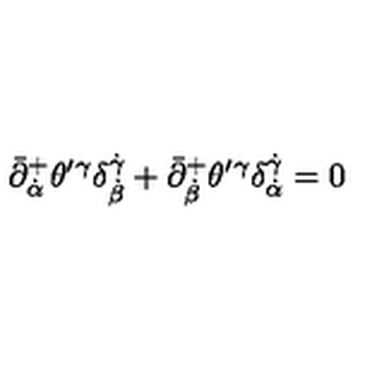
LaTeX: \bar { \partial } _ { \dot { \alpha } } ^ { + } \theta ^ { \prime } { } ^ { \gamma } \delta _ { \dot { \beta } } ^ { \dot { \gamma } } + \bar { \partial } _ { \dot { \beta } } ^ { + } \theta ^ { \prime } { } ^ { \gamma } \delta _ { \dot { \alpha } } ^ { \dot { \gamma } } = 0